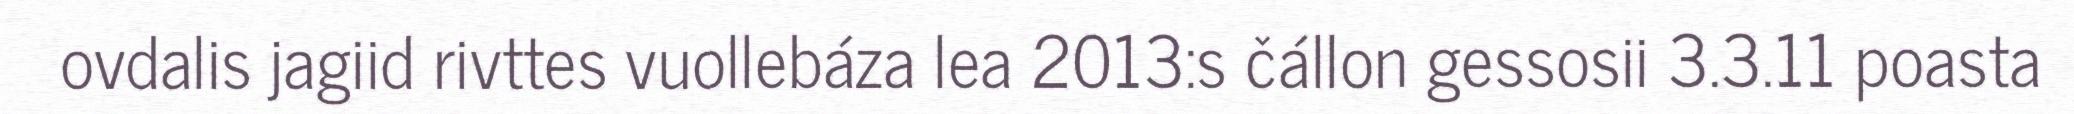
ovdalis jagiid rivttes vuollebáza lea 2013:s čállon gessosii 3.3.11 poasta